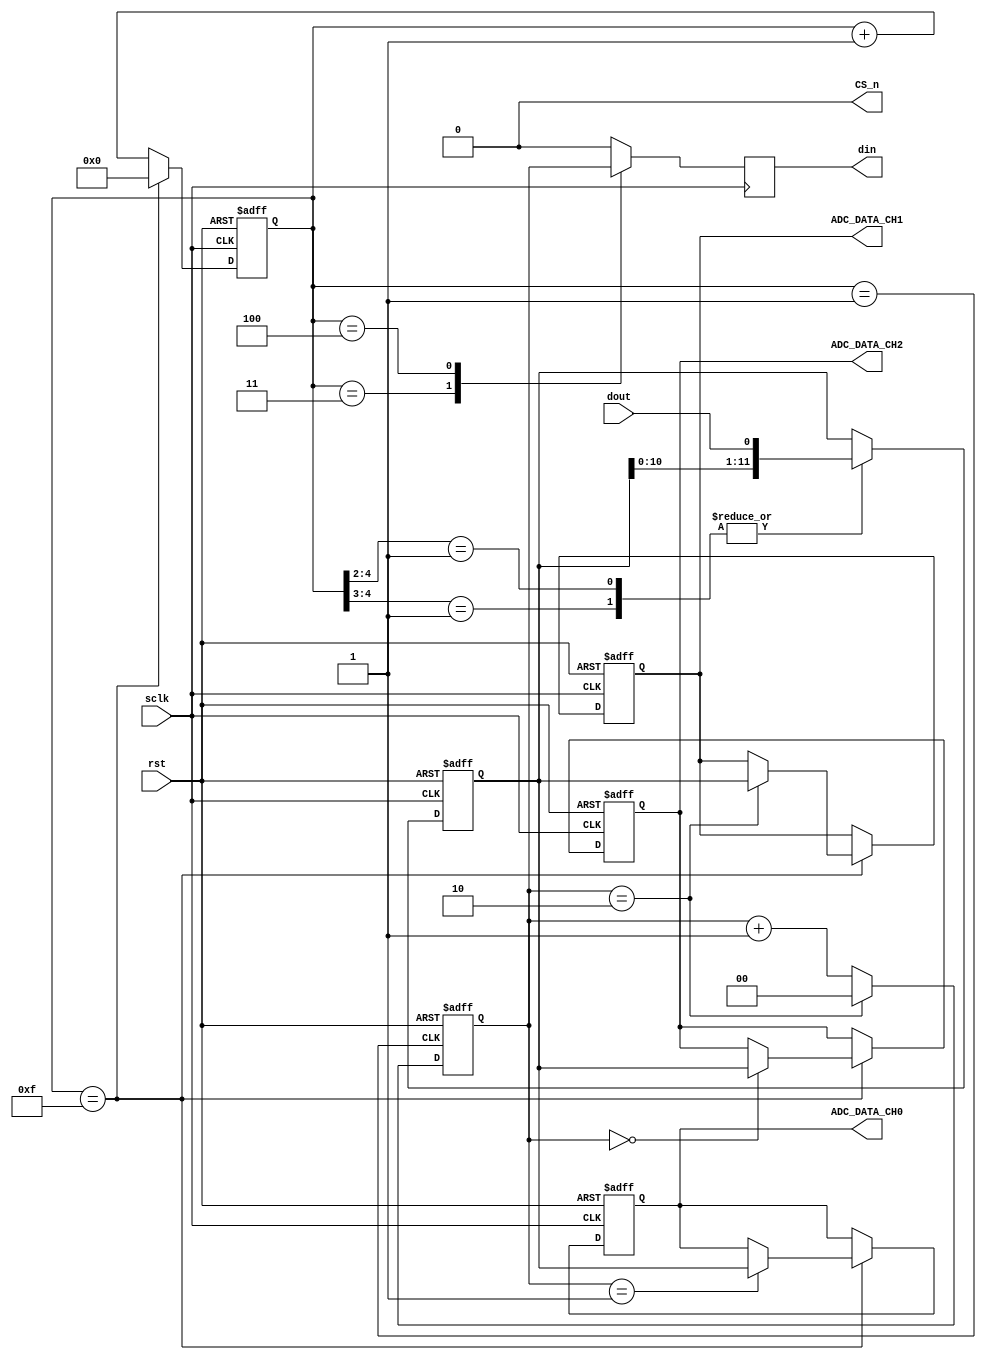
// verilog code for creating 3- channel ADC module

/* Some important considerations
 * The channel selected in our design are 0,1,2 
 *	in binary 000,001,010 means MSB is 0 for all,
 *	16 clock cycles, count_pulses is started from 0-15
 *	then again from 0-15 and 
 *	continuously in same manner
*/


module ADC( input sclk,
            input dout,
				input rst,
				output reg din,
				output CS_n,
				output reg [11:0] ADC_DATA_CH0, ADC_DATA_CH1, ADC_DATA_CH2 
				
			);
			

	// clk required of frequency = 3 MHz		
	wire          trigger;        // variable for starting the timing of sampling the address input		                
	reg  [11:0]   register;			// 12 bit internal register
	reg  [4:0]    sclk_count;     // variable for counting clock pulses
	reg  [1:0]    sample_addr;    // variable used for channel sample



	assign trigger = (sclk_count == 4'b0001);
	assign CS_n = 0; // assigning 0 to make the data continuously reading

	/*setting clock count
	  for a period of 16 cycles from 
	  4'b0000 to 4'b1111
	*/  
				
	 always @ (posedge sclk or negedge rst) begin
		 if (!rst)
			 sclk_count <= 4'b0000;
		 else if (CS_n)
			 sclk_count <= 4'b0000;  // if CS_n is high then it will be disconnected with on board ADC
			 
		 else if (sclk_count == 4'b1111)
			 sclk_count <= 4'b0000;  /* considering one more general case
												when neither cs nor reset is high
												but 16th clock cycle completed
												then assign it 0 to start same process again*/
		 
		 else
			 sclk_count <= sclk_count + 1'b1; // incrementing clock cycles
		
	end


	/* Handle address incrementing to cycle through all 
	3 channels */

	 always @ (posedge trigger or negedge rst) begin
		 if (!rst) 
			 sample_addr <= 2'b00;
		 else if(sample_addr == 2'b10)  // if the sample_addr becomes 2 then it will again becomes 0 and so on 0,1,2 cycles goes on
		    sample_addr <= 0;
		 else
			 sample_addr <= sample_addr + 1'b1;
	end

	/* Now outputting the din at negative edge 
		with sclk_count 2,3,4
		bit 2 is always 0 for 0,1,2 channel 
		hence taken in default
	*/

	 always @ (negedge sclk) begin 
		 case (sclk_count)
			 4'b0011 : din <= sample_addr[1];  // 2nd bit
			 4'b0100 : din <= sample_addr[0];  // 3rd bit
			 default : din <= 1'b0;	           // 1st bit 0 in default
		 endcase	
	end	
		
	// convert serial data into a parallel one by storing in internal register using 12-bit shift register	
			
	always @ (posedge sclk or negedge rst) begin
	  if (!rst)
			register <= 12'd0;
	  else begin
		 casez (sclk_count)
			4'b01??, 4'b1???: register <= {register[10:0],dout};  //from 5 to 16
		 endcase	 	 
	  end	  
	end
		 
	/* block for assigning data to address channel 
	corresponding to previous operational frame
	for example- in previous frame address is of channel 2 then the parallel data of present frame is assigned to ADC_DATA_CH2 and same for other cases.
	 */ 
	always @ (posedge sclk or negedge rst) begin

	  if (!rst) begin
			ADC_DATA_CH0 <= 12'd0;
			ADC_DATA_CH1 <= 12'd0;
			ADC_DATA_CH2 <= 12'd0;
	  end    

	  else if (sclk_count == 4'b1111) begin
			case(sample_addr)
			  2'b00 : ADC_DATA_CH2 <= register; // if present channel is 0 means the previous is 2 so assigned it to channel 2
			  2'b01 : ADC_DATA_CH0 <= register; // if present channel is 1 means the previous is 0 so assigned it to channel 0
			  2'b10 : ADC_DATA_CH1 <= register; // if present channel is 2 means the previous is 1 so assigned it to channel 1
			endcase  
	  end
	end

endmodule